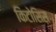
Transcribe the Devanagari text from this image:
किटोसिस